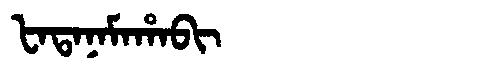
Manchu: ᡶᠠᡨᠠᠨᠠᠮᠠᡥᠠᠪᡳ
Romanization: FATANAMAHABI